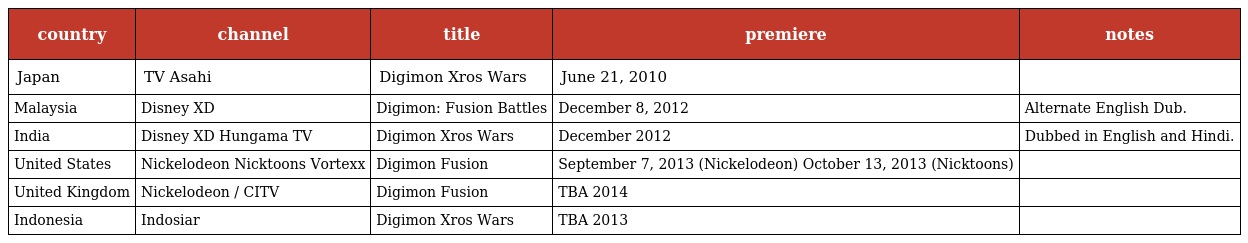
| country | channel | title | premiere | notes |
 | --- | --- | --- | --- | --- |
 | Japan | TV Asahi | Digimon Xros Wars | June 21, 2010 |  |
 | Malaysia | Disney XD | Digimon: Fusion Battles | December 8, 2012 | Alternate English Dub. |
 | India | Disney XD Hungama TV | Digimon Xros Wars | December 2012 | Dubbed in English and Hindi. |
 | United States | Nickelodeon Nicktoons Vortexx | Digimon Fusion | September 7, 2013 (Nickelodeon) October 13, 2013 (Nicktoons) |  |
 | United Kingdom | Nickelodeon / CITV | Digimon Fusion | TBA 2014 |  |
 | Indonesia | Indosiar | Digimon Xros Wars | TBA 2013 |  |